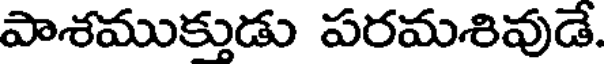
పాశముక్తుడు పరమశివుడే.